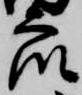
衆